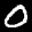
Label: 0